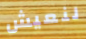
لنعيش